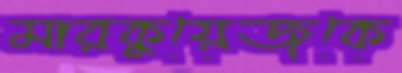
মারকুয়েজকে